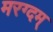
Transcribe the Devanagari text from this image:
मरग्दम्